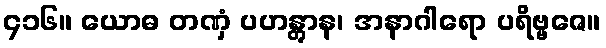
၄၁၆။ ယောဓ တဏှံ ပဟန္တွာန၊ အနာဂါရော ပရိဗ္ဗဇေ။